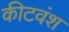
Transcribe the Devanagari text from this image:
कीटवंश